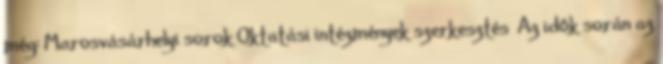
még: Marosvásárhelyi sorok Oktatási intézmények szerkesztés Az idők során az